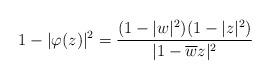
LaTeX: \begin{align*}1-|\varphi(z)|^2=\frac{(1-|w|^2)(1-|z|^2)}{|1-\overline{w}z|^2}\end{align*}